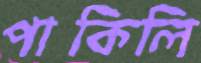
পাকিলি